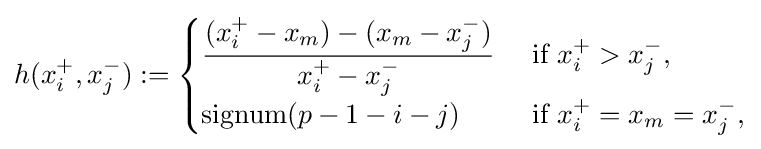
h(x_{i}^{+},x_{j}^{-}):={\begin{cases}\displaystyle {\frac {(x_{i}^{+}-x_{m})-(x_{m}-x_{j}^{-})}{x_{i}^{+}-x_{j}^{-}}}&{\text{ if }}x_{i}^{+}>x_{j}^{-},\\\operatorname {signum} (p-1-i-j)&{\text{ if }}x_{i}^{+}=x_{m}=x_{j}^{-},\end{cases}}